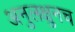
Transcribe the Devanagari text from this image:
अनुलक्षुनच